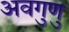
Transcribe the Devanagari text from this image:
अवगुणु